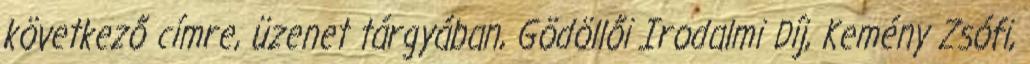
következő címre, üzenet tárgyában, Gödöllői Irodalmi Díj, Kemény Zsófi,